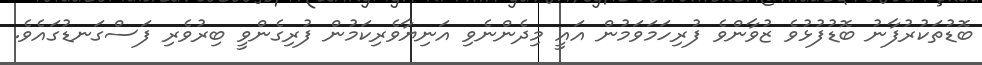
ބޮޑުތަކުރުފާނު ބޮޑުފުޅުވެ ޒުވާންވެ ފުރިހަމަވަމުން އައީ މިދެންނެވި އަނިޔާވެރިކަމުން ފުރިގެންވީ ބިރުވެރި ފަސްގަނޑުގައެވެ.